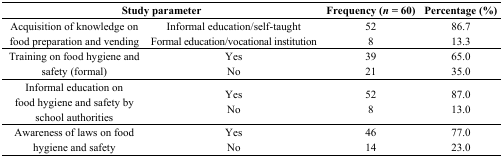
<table><thead><tr><td colspan="2"><b>Study parameter</b></td><td><b>Frequency (<i>n</i> = 60)</b></td><td><b>Percentage (%)</b></td></tr></thead><tbody><tr><td>Acquisition of knowledge on food preparation and vending</td><td>Informal education/self-taughtFormal education/vocational institution</td><td>528</td><td>86.713.3</td></tr><tr><td>Training on food hygiene and safety (formal)</td><td>YesNo</td><td>3921</td><td>65.035.0</td></tr><tr><td>Informal education on food hygiene and safety by school authorities</td><td>YesNo</td><td>528</td><td>87.013.0</td></tr><tr><td>Awareness of laws on food hygiene and safety</td><td>YesNo</td><td>4614</td><td>77.023.0</td></tr></tbody></table>